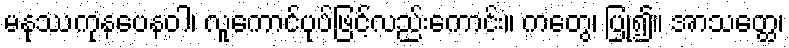
မနုဿကုနပေနဝါ၊ လူကောင်ပုပ်ဖြင့်လည်းကောင်း။ ကတွေ၊ ပြု၍။ အာသတ္ထေ၊